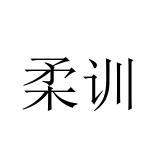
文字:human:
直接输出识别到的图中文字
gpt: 柔训